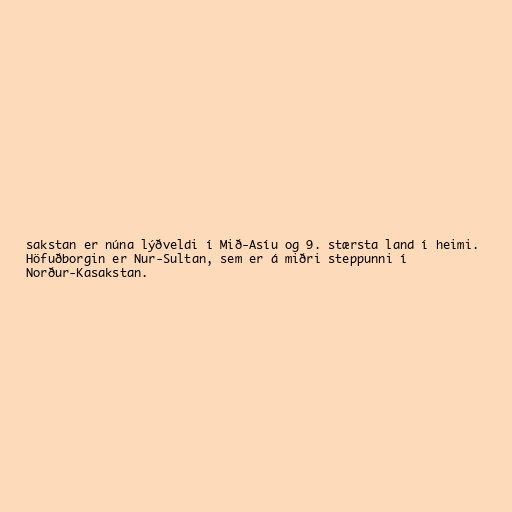
sakstan er núna lýðveldi í Mið-Asíu og 9. stærsta land í heimi.
Höfuðborgin er Nur-Sultan, sem er á miðri steppunni í
Norður-Kasakstan.